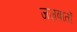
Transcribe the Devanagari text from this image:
जज़्बातों